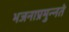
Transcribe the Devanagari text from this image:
भजनाप्रमुन्नते